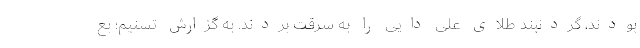
بودند، گردنبند طلای علی دایی را به سرقت بردند. به گزارش تسنیم؛ بع